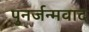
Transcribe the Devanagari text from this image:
पुनर्जन्मवाद